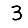
Digit: 3